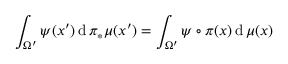
\int _ { \Omega ^ { \prime } } \psi ( x ^ { \prime } ) \, \mathrm { d } \, \pi _ { * } \mu ( x ^ { \prime } ) = \int _ { \Omega ^ { \prime } } \psi \circ \pi ( x ) \, \mathrm { d } \, \mu ( x )